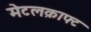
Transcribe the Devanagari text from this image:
मेटलक्राफ्ट